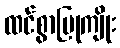
ထင်စွာပြုကျိုး